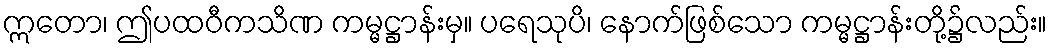
ဣတော၊ ဤပထဝီကသိဏ ကမ္မဋ္ဌာန်းမှ။ ပရေသုပိ၊ နောက်ဖြစ်သော ကမ္မဋ္ဌာန်းတို့၌လည်း။